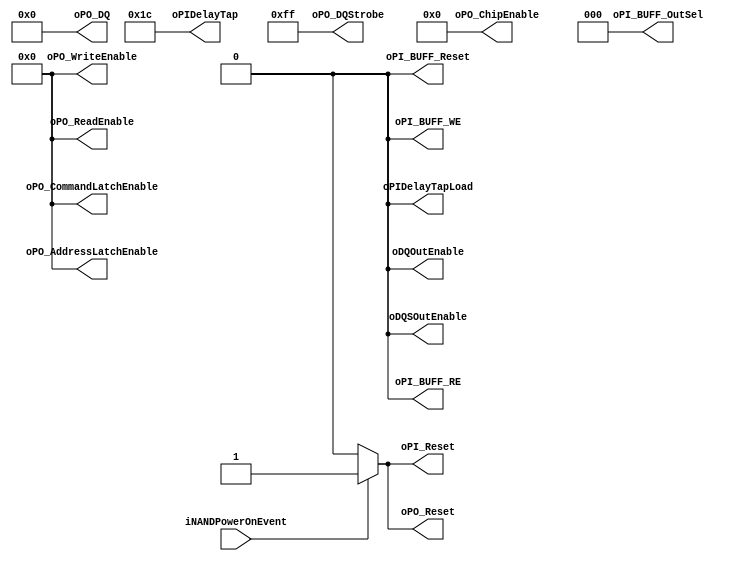
module NPM_Toggle_IDLE_DDR100
#
(
    parameter NumberOfWays    =   4
)
(
    iNANDPowerOnEvent       ,
    oPI_Reset               ,
    oPI_BUFF_Reset          ,
    oPO_Reset               ,
    oPI_BUFF_RE             ,
    oPI_BUFF_WE             ,
    oPI_BUFF_OutSel         ,
    oPIDelayTapLoad         ,
    oPIDelayTap             ,
    oPO_DQStrobe            ,
    oPO_DQ                  ,
    oPO_ChipEnable          ,
    oPO_ReadEnable          ,
    oPO_WriteEnable         ,
    oPO_AddressLatchEnable  ,
    oPO_CommandLatchEnable  ,
    oDQSOutEnable           ,
    oDQOutEnable            
);
    input                           iNANDPowerOnEvent       ;
    output                          oPI_Reset               ;
    output                          oPI_BUFF_Reset          ;
    output                          oPO_Reset               ;
    output                          oPI_BUFF_RE             ;
    output                          oPI_BUFF_WE             ;
    output  [2:0]                   oPI_BUFF_OutSel         ;
    output                          oPIDelayTapLoad         ;
    output  [4:0]                   oPIDelayTap             ;
    output  [7:0]                   oPO_DQStrobe            ;
    output  [31:0]                  oPO_DQ                  ;
    output  [2*NumberOfWays - 1:0]  oPO_ChipEnable          ;
    output  [3:0]                   oPO_ReadEnable          ;
    output  [3:0]                   oPO_WriteEnable         ;
    output  [3:0]                   oPO_AddressLatchEnable  ;
    output  [3:0]                   oPO_CommandLatchEnable  ;
    output                          oDQSOutEnable           ;
    output                          oDQOutEnable            ;
    
    // NPhy_Toggle Interface
    //  - RESET Interface
    assign oPI_Reset = (iNANDPowerOnEvent)? 1'b1:1'b0;
    assign oPI_BUFF_Reset = 0;
    
    assign oPO_Reset = (iNANDPowerOnEvent)? 1'b1:1'b0;
    
    //  - PI Interface
    assign oPI_BUFF_RE = 0;
    assign oPI_BUFF_WE = 0;
    assign oPI_BUFF_OutSel[2:0] = 3'b000;
    //iPI_BUFF_Empty
    //iReadData[31:0]
    
    assign oPIDelayTapLoad = 0;
    assign oPIDelayTap[4:0] = 5'b11100; // 28(d)
    //iPIDelayReady
    
    //  - PO Interface
    assign oPO_DQStrobe[7:0] = 8'b1111_1111;
    assign oPO_DQ[31:0] = 0;
    assign oPO_ChipEnable = 0;
    assign oPO_ReadEnable[3:0] = 0;
    assign oPO_WriteEnable[3:0] = 0;
    assign oPO_AddressLatchEnable[3:0] = 0;
    assign oPO_CommandLatchEnable[3:0] = 0;
    
    //  - Pad Interface
    assign oDQSOutEnable = 0;
    assign oDQOutEnable = 0;
    
    //iReadyBusy[NumberOfWays - 1:0] // bypass
    
endmodule